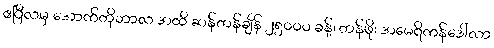
ဧပြီလမှ အောက်တိုဘာလ အထိ ဆန်တန်ချိန် ၂၅၀၀၀ ခန့်၊ တန်ဖိုး အမေရိကန်ဒေါ်လာ